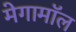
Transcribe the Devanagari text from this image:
मेगामॉल